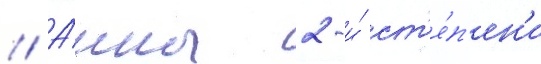
// А́нны 2-и́ ст'е́п'ен'и